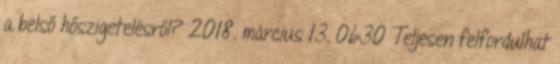
a belső hőszigetelésről? 2018. március 13. 06:30 Teljesen felfordulhat